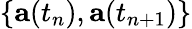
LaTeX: \{ \mathbf{a}(t_{n}),\mathbf{a}(t_{n+1})\}